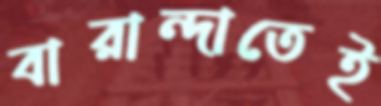
বারান্দাতেই